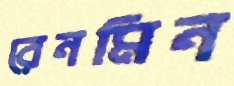
রেনমিন